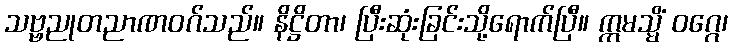
သဗ္ဗညုတညာဏဝဂ်သည်။ နိဋ္ဌိတာ၊ ပြီးဆုံးခြင်းသို့ရောက်ပြီ။ ဣမသ္မိံ ဝဂ္ဂေ၊